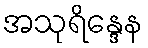
အသုရိန္ဒေန